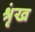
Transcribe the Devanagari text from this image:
श्रृंख